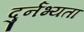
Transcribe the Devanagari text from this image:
दुर्नभ्यता